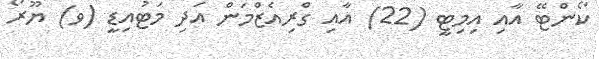
ކޯންޓޭ އާއި އިމިޓީ (22) އާއި ގްރިއެޒްމަން އަދި މަޓުއިޑީ (ވ) ޔޫރޯ